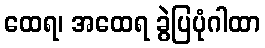
ထေရ၊ အထေရ ခွဲပြပုံဂါထာ